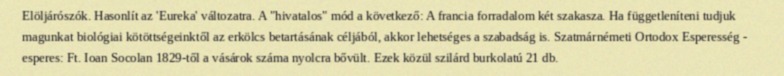
Elöljárószók. Hasonlít az 'Eureka' változatra. A "hivatalos" mód a következő: A francia forradalom két szakasza. Ha függetleníteni tudjuk magunkat biológiai kötöttségeinktől az erkölcs betartásának céljából, akkor lehetséges a szabadság is. Szatmárnémeti Ortodox Esperesség - esperes: Ft. Ioan Socolan 1829-től a vásárok száma nyolcra bővült. Ezek közül szilárd burkolatú 21 db.